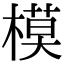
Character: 模